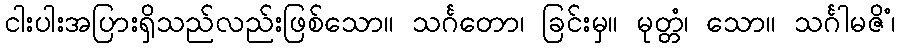
ငါးပါးအပြားရှိသည်လည်းဖြစ်သော။ သင်္ဂတော၊ ခြင်းမှ။ မုတ္တံ၊ သော။ သင်္ဂါမဇိံ၊